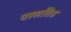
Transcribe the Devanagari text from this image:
पस्सतित